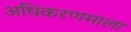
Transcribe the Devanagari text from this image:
अधिकरणमाला